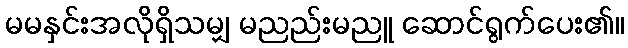
မမနှင်းအလိုရှိသမျှ မညည်းမညူ ဆောင်ရွက်ပေး၏။